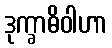
ဒုက္ခာဓိဝါဟာ